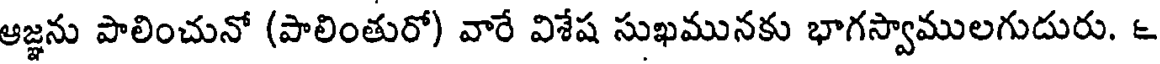
ఆజ్ఞను పాలించునో (పాలింతురో) వారే విశేష సుఖమునకు భాగస్వాములగుదురు. ౬